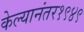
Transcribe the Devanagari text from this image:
केल्यानंतर१९४९